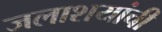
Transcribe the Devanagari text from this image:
जलाशयांची